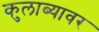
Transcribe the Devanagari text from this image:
कुलाब्यावर